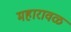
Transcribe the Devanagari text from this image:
महारावळ